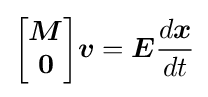
{\begin{bmatrix}{\boldsymbol {M}}\\{\boldsymbol {0}}\end{bmatrix}}{\boldsymbol {v}}={\boldsymbol {E}}{\frac {d{\boldsymbol {x}}}{dt}}